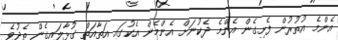
އެންމެ އުތުރުން ފެށިގެން އެންމެ ދެކުނަށް އެންމެން އެކުގައި އަތާއަތް ގުޅާލައިގެން ތެދުވެ